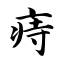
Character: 痔